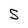
Character: S